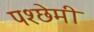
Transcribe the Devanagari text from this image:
पश्छेमी